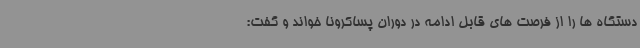
دستگاه ها را از فرصت های قابل ادامه در دوران پساکرونا خواند و گفت: